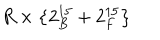
R \times \left\{ 2 _ { B } ^ { 1 5 } + 2 _ { F } ^ { 1 5 } \right\}